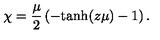
\chi = { \frac { \mu } { 2 } } \left( - \mathrm { t a n h } ( z \mu ) - 1 \right) .